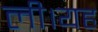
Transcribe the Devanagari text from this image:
ली।यह